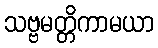
သဗ္ဗမတ္တိကာမယာ